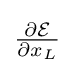
{\textstyle {\frac {\partial {\mathcal {E}}}{\partial x_{L}}}}